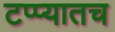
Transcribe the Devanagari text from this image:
टप्प्यातच